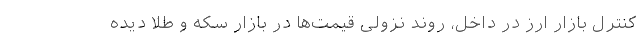
کنترل بازار ارز در داخل، روند نزولی قیمت‌ها در بازار سکه و طلا دیده